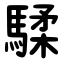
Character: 騥